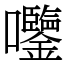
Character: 𫭀